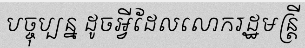
បច្ចុប្បន្ន ដូចអ្វីដែលលោករដ្ឋមន្ត្រី